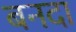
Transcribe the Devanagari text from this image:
बनदा